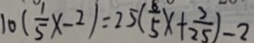
1 0 ( \frac { 1 } { 5 } x - 2 ) = 2 5 ( \frac { 8 } { 5 } x + \frac { 3 } { 2 5 } ) - 2